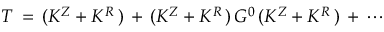
T \, = \, ( K ^ { Z } + K ^ { R } \, ) \, + \, ( K ^ { Z } + K ^ { R } \, ) \, G ^ { 0 } \, ( K ^ { Z } + K ^ { R } \, ) \, + \, \cdots